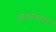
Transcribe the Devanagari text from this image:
आवडणार्या